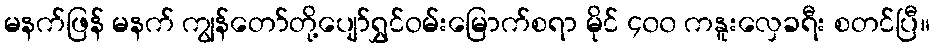
မနက်ဖြန် မနက် ကျွန်တော်တို့ပျော်ရွှင်ဝမ်းမြောက်စရာ မိုင် ၄၀၀ ကနူးလှေခရီး စတင်ပြီ။